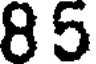
85